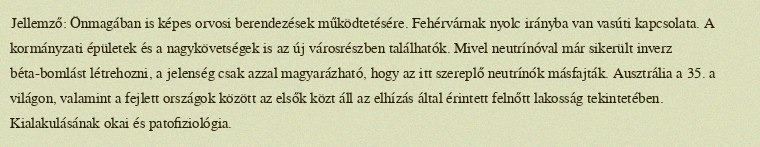
Jellemző: Önmagában is képes orvosi berendezések működtetésére. Fehérvárnak nyolc irányba van vasúti kapcsolata. A kormányzati épületek és a nagykövetségek is az új városrészben találhatók. Mivel neutrínóval már sikerült inverz béta-bomlást létrehozni, a jelenség csak azzal magyarázható, hogy az itt szereplő neutrínók másfajták. Ausztrália a 35. a világon, valamint a fejlett országok között az elsők közt áll az elhízás által érintett felnőtt lakosság tekintetében. Kialakulásának okai és patofiziológia.